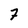
Character: 7